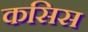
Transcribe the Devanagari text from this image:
कसिस